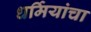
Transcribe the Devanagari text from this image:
धर्मियांचा